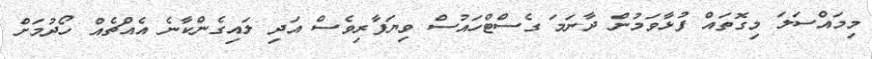
މިމައްސަލަ މިގޮތައް ފުޅާވަމުން ދާނަމަ ގެސްޓްހައުސް ވިޔަފާރިވެސް އަދި ލައިގެންކާނެ އެއްޗެއް ހޯދުމަށް